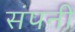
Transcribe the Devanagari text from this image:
संपनी